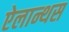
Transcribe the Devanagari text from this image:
ऐलान्थस